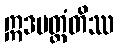
ဣဒမတ္ထံတိဿ